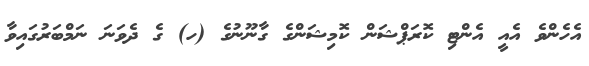
އެހެންވެ އެއީ އެންޓި ކޮރަޕްޝަން ކޮމިޝަންގެ ގާނޫނުގެ (ހ) ގެ ދެވަނަ ނަމްބަރުގައިވާ